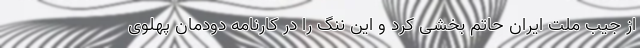
از جیب ملت ایران حاتم بخشی کرد و این ننگ را در کارنامه دودمان پهلوی